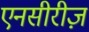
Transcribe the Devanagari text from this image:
एनसीरीज़